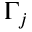
\Gamma _ { j }